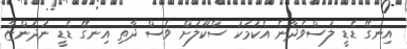
އިނގޭ ޑެޑީ ލަސްވެދާނެ އެކަމަކު ސްކޫލަށް ވެސް ދާތި އިނގޭ ޑެޑީ ނުދަންޏާ